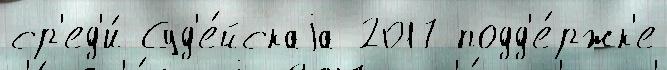
ср'ед'и́ Суд'е́йскаjа 2017 подд'е́ржк'е